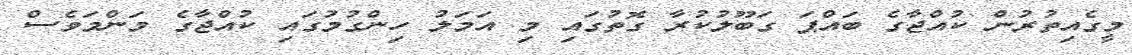
މީގެއިތުރުން ކުއްޖާގެ ބައްޕަ ގަބޫލުކުރާ ގޮތުގައި މި އަމަލު ހިންގުމުގައި ކުއްޖާގެ މަންމަވެސް